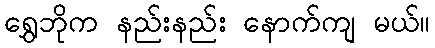
ရွှေဘိုက နည်းနည်း နောက်ကျ မယ်။